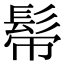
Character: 𩬒